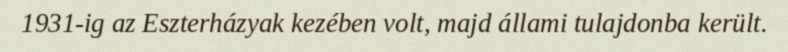
1931-ig az Eszterházyak kezében volt, majd állami tulajdonba került.